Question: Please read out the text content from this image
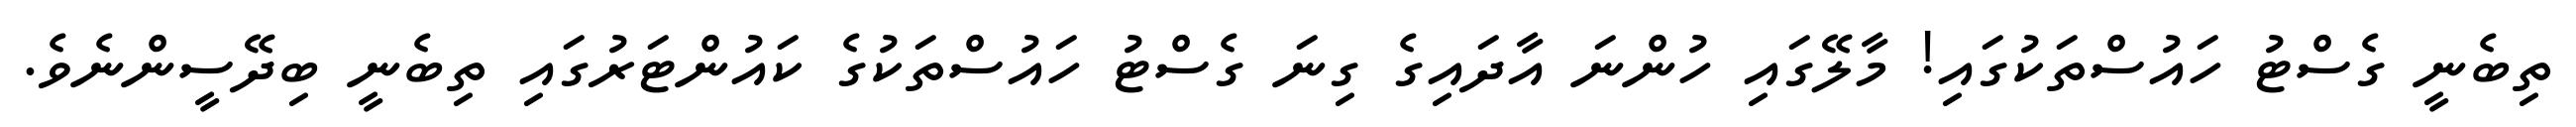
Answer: ތިބެނީ ގެސްޓު ހައުސްތަކުގައި! މާލޭގައި ހުންނަ އާދައިގެ ގިނަ ގެސްޓު ހައުސްތަކުގެ ކައުންޓަރުގައި ތިބެނީ ބިދޭސީންނެވެ.